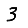
Digit: 3